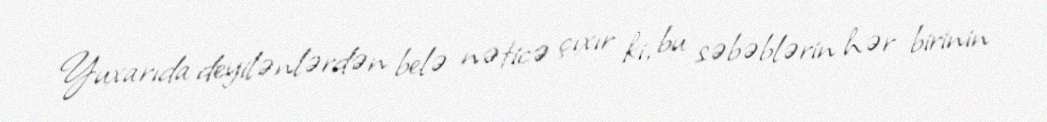
Yuxarıda deyilənlərdən belə nəticə çıxır ki, bu səbəblərin hər birinin